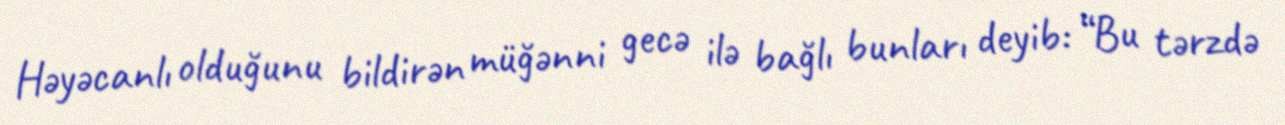
Həyəcanlı olduğunu bildirən müğənni gecə ilə bağlı bunları deyib: “Bu tərzdə